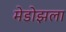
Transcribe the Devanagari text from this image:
मेडोझला